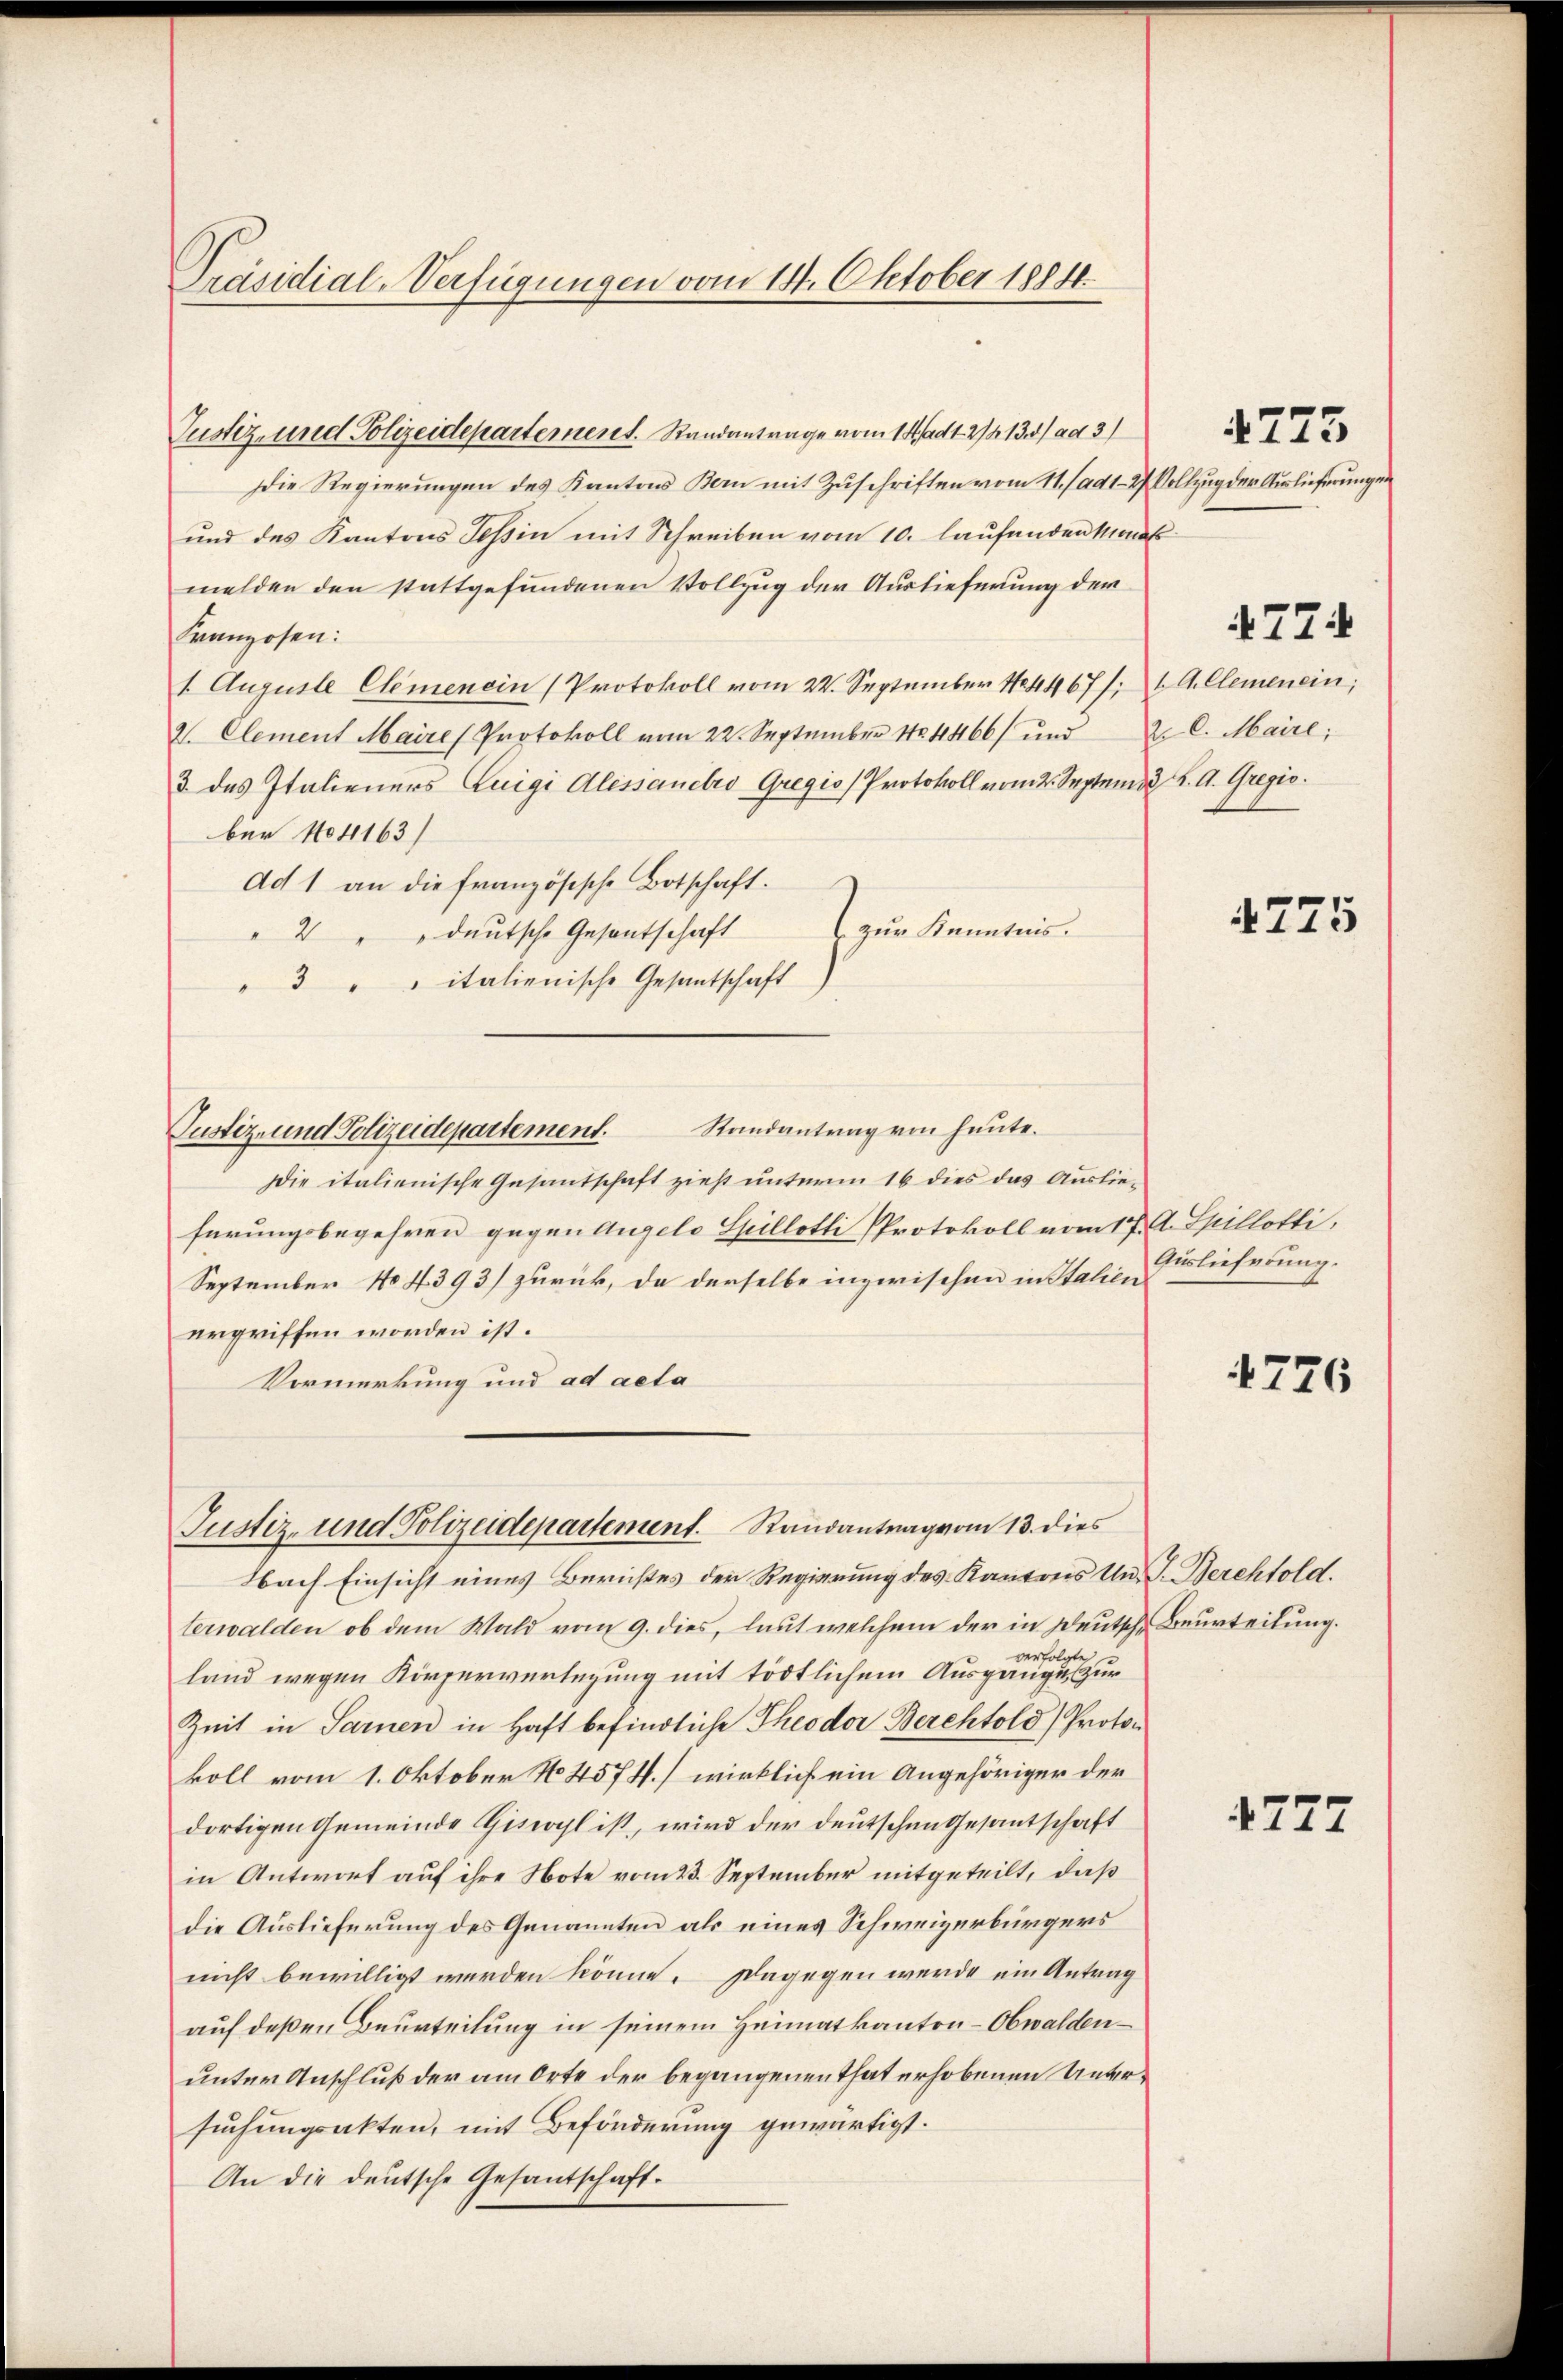
Präsidial-Verfügungen vom 14. Oktober 18811.

Justiz- und Polizeidepartement. Standantrage vom 14. ad 1. 2134/ ad 3)
Die Regierungen des Kantons Bern mit Zuschriften vom 11. (ad1. 27
und des Kantons Teßin mit Schreiben vom 10. laufenden Mant
melden den stattgefundenen Vollzug der Auslieferung der
Franzosen:
1. Auguste Clemenein (Protokoll vom 22. September 184467/: Allemenein;
2. Clement Maire (Protokoll vom 22. September 184466/ und
3 des Italieners Luigi Alessanctio Gregio Protokoll vom 2. Septemd. K. A. Gregis
ber 104163)
dd 1 an die französische Botschaft.
 zur Kenntnis.
" 2 " " deutsche Gesantschaft
3 " " italienische Gesantschaft
Justiz- und Polizeidepartement.
Die italienische Gesantschaft zieht unterm 16 dies das Auslieferungsbegehren gegen Angelo Gillotli Protokoll vom 17. A. Spillotti,
September No 4393/ zurück, da derselbe inzwischen in Italien lieferung.
ergriffen worden ist.
Vormerkung und ad acta
Justiz- und Polizeidepartement. Randantrag vom 13. dies
Nach Einsicht eines Berichtes der Regierung des Kantons Un F. Berchtold.
terwalden, ob dem Wald vom 9. dies, laut welchem der in Deutsche Beurteilung.
land wegen Körperverlegung mit tödtlichem Ausgangen zur
Zeit in Sarnen in Haft befindliche Theodor Berchtold) Protokoll vom 1. Oktober 14574.] wirklich ein Angehöriger der
dortigen Gemeinde Giseogl ist, wird der Deutschen Gesantschaft
in Antwort auf ihre Note vom 23. September mitgeteilt, daß
die Auslieferung des Genannten als eines Schweizerbürgers
nicht bewilligt werden könne. Dagegen werde ein Antrag
auf deßen Beurteilung in seinem Heimatkanton - Obwaldenunter Anschluß der am Orte der begangenen That erhobenen Untersuchungsakten, mit Beförderung gewärtigt.
An die deutsche Gesantschaft.

Randantrag von heute.

Vollzug der Auslieferungen

4725

2. l. Maire;

4774

4275

4776

4777